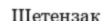
Шетензак